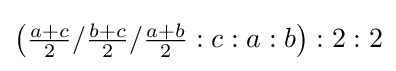
\left({\tfrac {a+c}{2}}/{\tfrac {b+c}{2}}/{\tfrac {a+b}{2}}:c:a:b\right):2:2